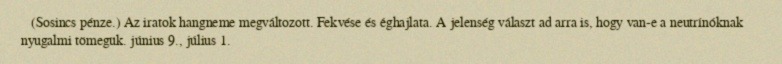
(Sosincs pénze.) Az iratok hangneme megváltozott. Fekvése és éghajlata. A jelenség választ ad arra is, hogy van-e a neutrínóknak nyugalmi tömegük. június 9., július 1.